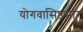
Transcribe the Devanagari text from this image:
योगवासिष्ठसार